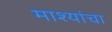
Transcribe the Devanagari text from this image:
माश्यांचा